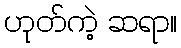
ဟုတ်ကဲ့ ဆရာ။